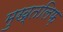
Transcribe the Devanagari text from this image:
मुख्तलिफ़